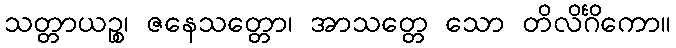
သတ္တာယဉ္စ၊ ဇနေသတ္တော၊ အာသတ္တေ သော တိလိင်္ဂိကော။